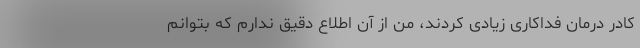
کادر درمان فداکاری زیادی کردند، من از آن اطلاع دقیق ندارم که بتوانم